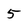
Character: 5